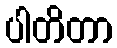
ပါတိတာ